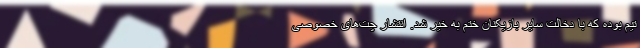
تیم بوده که با دخالت سایر بازیکنان ختم به خیر شد. انتشار چت‌های خصوصی